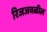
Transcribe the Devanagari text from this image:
रिजजवळील